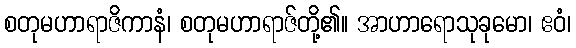
စတုမဟာရာဇိကာနံ၊ စတုမဟာရာဇ်တို့၏။ အာဟာရောသုခုမော၊ ဧဝံ၊